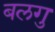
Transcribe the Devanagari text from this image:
बलगु